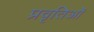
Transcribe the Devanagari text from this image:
प्रवृतिओं